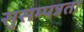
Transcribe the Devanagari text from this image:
सुसम्पन्नता